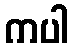
ကပါ